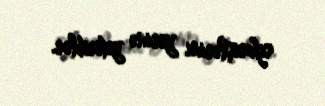
sifarişlərini yerinə yetiriblər.